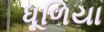
ધૂળિયા